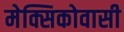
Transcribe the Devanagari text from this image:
मेक्सिकोवासी